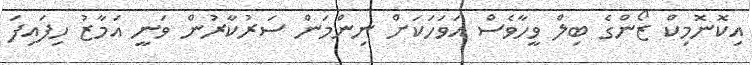
އިކޮނޮމިކް ޒޯންގެ ބިލް ވީހާވެސް އަވަހަކަށް ނިންމަން ސަރުކާރުން ވަނީ އަމާޒު ހިފައިފަ